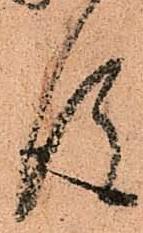
後